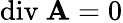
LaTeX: \textrm{div}\ \textbf{A}=0